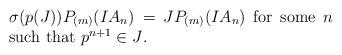
LaTeX: \begin{align*} \begin{minipage}{0.6\linewidth} $\sigma(p(J))P_{(m)}(IA_n)=JP_{(m)}(IA_n)$ for some $n$ such that $p^{n+1}\in J$. \end{minipage}\end{align*}